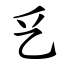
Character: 乥